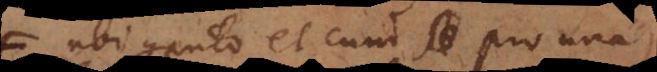
ubi computo et cum pro una